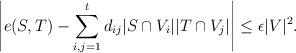
LaTeX: \begin{align*} \left\lvert e(S,T) - \sum_{i,j=1}^t d_{ij} |S \cap V_i||T \cap V_j| \right\rvert \le \epsilon |V|^2.\end{align*}